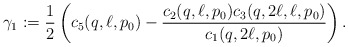
\begin{align*}\gamma_1 := \frac{1}{2} \left( c_5(q,\ell,p_0) - \frac{c_2(q,\ell,p_0)c_3(q,2\ell,\ell,p_0)}{c_1(q,2\ell,p_0)} \right).\end{align*}